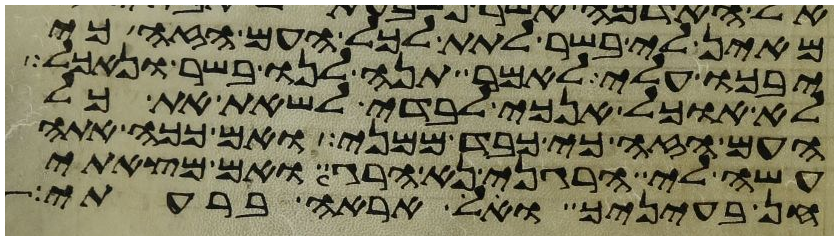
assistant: מאין לי בשר לתת לכל העם הזה כי
יבכו עלי לאמר תנה לנו בשר ונאכל
לא אוכל אנכי לבדי לשאת את כל
העם הזה כי כבד ממני ואם ככה אתה
עשה לי הרגני נא הרג ואם מצאתי
חן בעיניך ואל אראה ברעתי